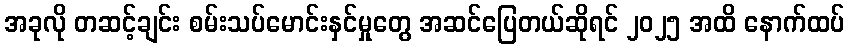
အခုလို တဆင့်ချင်း စမ်းသပ်မောင်းနှင်မှုတွေ အဆင်ပြေတယ်ဆိုရင် ၂၀၂၅ အထိ နောက်ထပ်